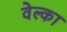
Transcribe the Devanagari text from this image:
वेल्का